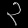
Digit: ၃